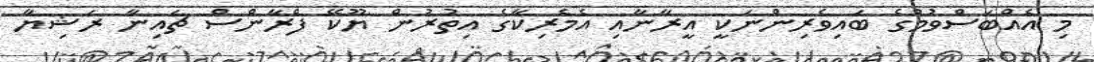
މި އެއްބަސްވުމުގެ ބައިވެރިންނަކީ އީރާނާއި އެމެރިކާގެ އިތުރުން ޔޫކޭ ފްރާންސް ޗައިނާ ރަޝިޔާ